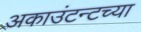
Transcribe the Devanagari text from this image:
अकाउंटन्टच्या